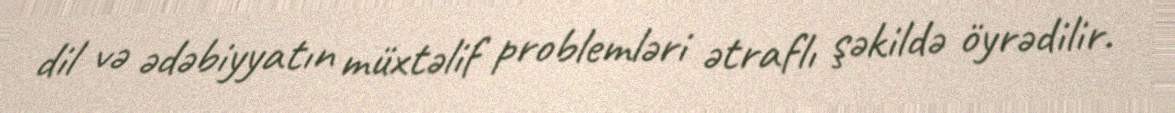
dil və ədəbiyyatın müxtəlif problemləri ətraflı şəkildə öyrədilir.